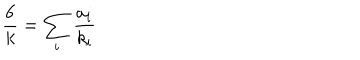
\frac 6 k = \sum _ { i } \frac { a _ { i } } { k _ { i } }